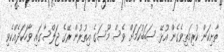
ތާށިކަން ކުރިމަތިވެގެން އުޅޭ ސަބަބުކަމަށް ވެސް މޫސަގެ އިތުރުން ރޭގެ ޖަލްސާގައި ވާހަކަދެއްކެވި